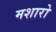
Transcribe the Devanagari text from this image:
मशारो